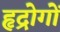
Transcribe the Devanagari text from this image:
हृद्रोगों